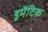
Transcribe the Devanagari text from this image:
ड्रमॅटिक